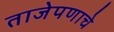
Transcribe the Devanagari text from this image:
ताजेपणाचे